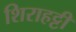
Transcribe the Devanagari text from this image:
शिराहट्टी